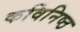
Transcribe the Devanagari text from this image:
कविनिष्ठ